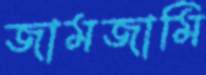
জামজামি